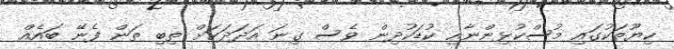
ކިޔޫތަކުގައި މުސްކުޅިންނާއި ކުޑަކުދިން ވެސް ގިނަ އަދަދަކަށް ތިބި ތަން ފެނޭ ބައެއް